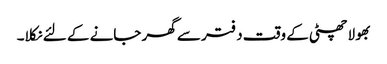
بھولا چھٹی کے وقت دفتر سے گھر جانے کے لئے نکلا۔